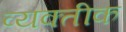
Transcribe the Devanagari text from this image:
व्यक्तीक